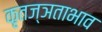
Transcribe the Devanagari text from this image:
कृतज्ञताभाव